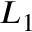
L _ { 1 }